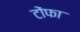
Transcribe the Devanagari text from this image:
टोंफा